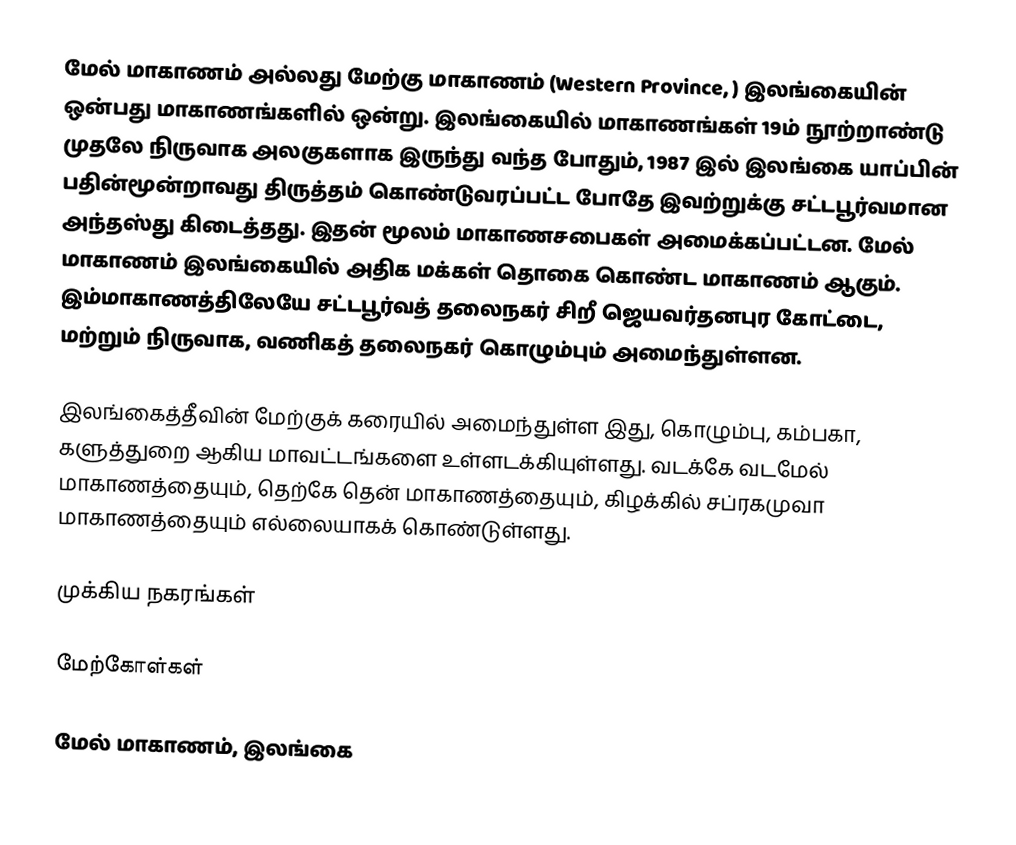
மேல் மாகாணம் அல்லது மேற்கு மாகாணம் (Western Province, ) இலங்கையின் ஒன்பது மாகாணங்களில் ஒன்று. இலங்கையில் மாகாணங்கள் 19ம் நூற்றாண்டு முதலே நிருவாக அலகுகளாக இருந்து வந்த போதும், 1987 இல் இலங்கை யாப்பின் பதின்மூன்றாவது திருத்தம் கொண்டுவரப்பட்ட போதே இவற்றுக்கு சட்டபூர்வமான அந்தஸ்து கிடைத்தது. இதன் மூலம் மாகாணசபைகள் அமைக்கப்பட்டன. மேல் மாகாணம் இலங்கையில் அதிக மக்கள் தொகை கொண்ட மாகாணம் ஆகும். இம்மாகாணத்திலேயே சட்டபூர்வத் தலைநகர் சிறீ ஜெயவர்தனபுர கோட்டை, மற்றும் நிருவாக, வணிகத் தலைநகர் கொழும்பும் அமைந்துள்ளன.

இலங்கைத்தீவின் மேற்குக் கரையில் அமைந்துள்ள இது, கொழும்பு, கம்பகா, களுத்துறை ஆகிய மாவட்டங்களை உள்ளடக்கியுள்ளது. வடக்கே வடமேல் மாகாணத்தையும், தெற்கே தென் மாகாணத்தையும், கிழக்கில் சப்ரகமுவா மாகாணத்தையும் எல்லையாகக் கொண்டுள்ளது.

முக்கிய நகரங்கள்

மேற்கோள்கள்

மேல் மாகாணம், இலங்கை